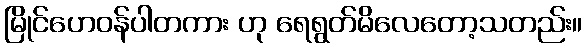
မြိုင်ဟေဝန်ပါတကား ဟု ရေရွတ်မိလေတော့သတည်း။